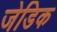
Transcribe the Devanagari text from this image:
जेडिक